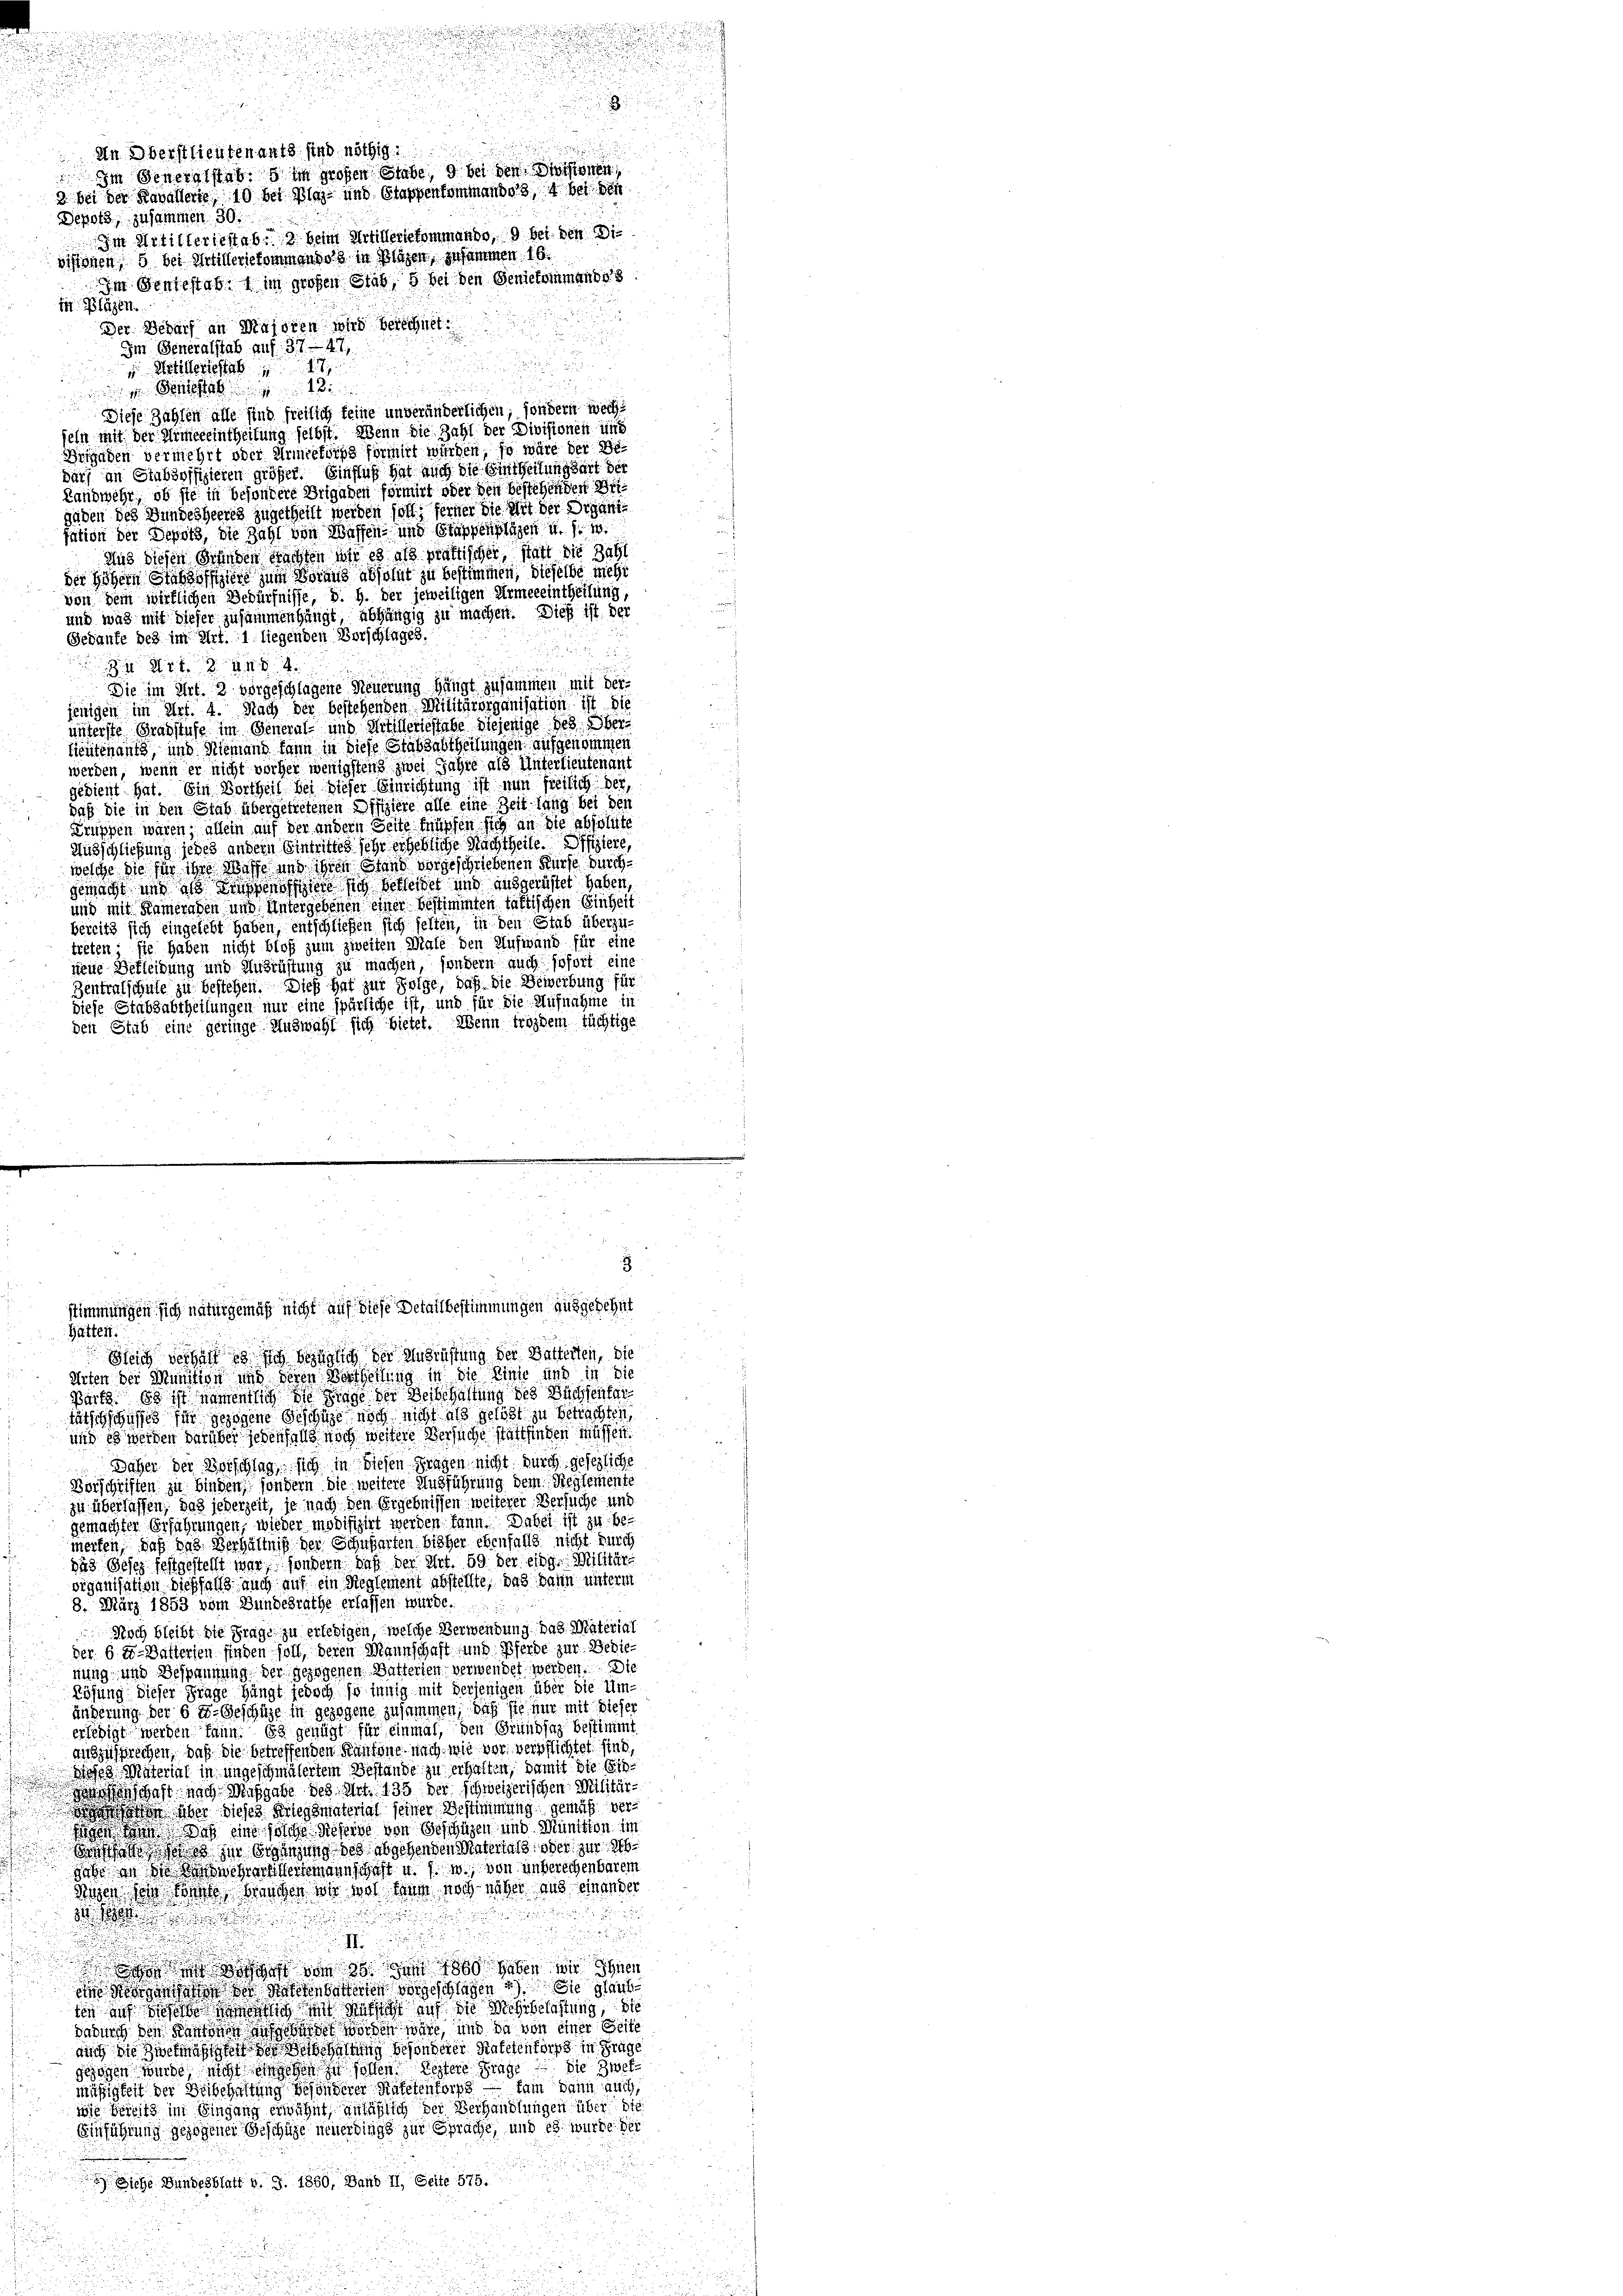
In Oberstlieutenants sind nöthig.
Depots, zusammen 30.
i Plagen.
Der Bedarf an Majoren wird berechnet:
Im Generalstab auf 37—47
Artilleriestatt

d
Diese Zahlen alle sind freilich keine unveränderlichen, sondern wech
sein mit der Armeeeintheilung selbst. Wenn die Zahl der Divisionen und
Brigaden vermehrt oder Armeekorps formirt würden, so wäre der de
darf im Stabsoffizieren größer. Einfluß hat auch die Eintheilungsart der
Landwehr, ob sie in besondere Brigaden formirt oder den bestehenden Brigäben des Bundesheeres zugetheilt werden soll; ferner die Art der Organi
tation der Depots, die Zahl von Waffen und Stapfenplagen u. s. w.
Aus diesen Stunden Nachten wir es als prattischer, statt die Zahl
der Höhern Stabsoffiziere zum Voraus absolut zu bestimmen, dieselbe mehr
von dem wirklichen Bedürfnisse, d. h. der jeweiligen Armeeeintheilung,
und was mit dieser zusammenhängt, abhängig zu machen. Dieß ist der
Gedaufe des im Art. 1. liegenden Vorschlages
u
3 Art. 34.
Sie im Art. 2 vorgeschlagene Neuerung hängt zusammen mit der
jenigen im Art. 4. Nach der bestehenden Militärorganisation ist die
unterste Gradstufe im General- und Artilleriestabe diejenige des Ober¬
Lieutenants, und Niemand dann in diese Stabsabtheilungen aufgenommen
werden, wenn er nicht vorher wenigstens zwei Jahre als Unterlieutenant
gedient hat. Ein Vortheil bei dieser Einrichtung ist nun freilich der
daß die in den Grab übergetretenen Offiziere alle eine Zeit lang bei den
Truppen wären; allein auf der andern Seite müssen sich an die absolute
Ausschließung jedes andern Eintrittes sehr erhebliche Nachtheite. Offiziere,
welche die für ihre Wasse und ihren Stand vorgeschriebenen Kurse durchgemacht und als ausgenoffiziert sich bekleidet und ausgerüstet haben,
und mit Kameraden und Untergebenen einer bestimmten taktischen Einheit
bereits sich eingelebt haben, entschließen sich selten, in den Stab überzutreten; sie haben nicht bloß zum zweiten Male den Aufwand für eine
nene Bekleidung und Ausrüstung zu machen, sondern auch sofort eine
Zentralschule zu bestehen. Dieß hat zur Folge, daß die Bewerbung für
diese Stabsabtheilungen nur eine spürliche ist, und für die Aufnahme in
den Stab eine geringe Auswahl sich bietet. Wenn troidem tüchtige

Im Genergestab. im großen Stabe, 9 bei der Schienen,
3 bei der Kavallarie, 10 bei Klag- und Stappenkommando 3, 4 bei der
In Artilleriestab. 2 beim Artilleriekommando, 9 bei den die
visionen, 5 bei Artilleriekommenholz in Klagen, zusammen 16.
m Sentestab. im großen Glat, 5 bei den Geniekommandes

5

stimmungen sich naturgemäß nicht auf diese Detailbestimmungen ausgesehnt
Hätten.
Seich verhalt es sich bringlich der Ausrüstung der Seiterten, die
Arten der Munition und deren Bertheilung in die Einse und in die
Berts. Es ist namentlich die ginge der Beischaftung des Büchsentar
täthschuss sie gezogene Geschige noch nicht als gelöst zu betrachten,
und es werden darüber jedenfalls noch weitere Versuche stattfinden müssen.
Daher der Vorschlag sich in diesen Fragen nicht durch gesezliche
Vorschriften zu binden, sondern die weitere Ausführung dem Reglemente
zu überlassen, daß jederzeit, je nach den Ergebnissen weiterer Versuche und
gemachter Erfahrungen, wieder modifizirt werden kann. Dabei ist zu bemerfen, daß das Verhältniß der Schubarten bisher ebenfalls nicht durch
das Beses festgestellt war, sondern daß der Art. 59 der einge Militärorganisation dießfalls auch auf ein Reglement abstellte, das dann unterm
8. März 1853 vom Bundesrathe erlassen würde.
Noch bleibt die Frage zu erlebigen, welche Verwendung das Material
der 6 e-Datterien finden soll, deren Mannschaft und Pferde zur Bedienung und Bespannung der gezogenen Batterien verwendet werden. Die
Lösung dieser Frage hängt jedoch so innig mit derjenigen über die Umänderung der 6 u. Geschähe in gezogene zusammen, daß sie nur mit dieser
erledigt werden kann. Es genügt für einmal, den Grundsaz bestimmt
dir zusprechen, daß die betreffenden Kantone nach wie vor verpflichtet sind,
Woses Material in ungeschmälertem Bestande zu erhalten, damit die Einanschaft nach Maßgabe des Art. 135 der schweizerischen Militär-
s über dieses Kriegsmaterial seiner Bestimmung gemäß ver
gen das Was eine solche Referne von Geschüzen und Munition im
etes zu bringung des abgehenden Materlaß oder zur
gabe in die das wehrer Hermannschaft u. s. w., von unberechenbaren
sigen den konnte bringen wir wol kam noch näher aus einander

i sich geht vom 25. Juni 1880 haben wir Ihnen
gasse der Mattenbarteten vorgeschlagen u. Sie glaubsin auf dieselbe ich mit Aufsicht auf die Mehrbelastung, die
darnach den Kantonen ausgeben worden wäre, und da von einer Seite
auch die Zwekmäßigten der erschaftung besonderer Katetenforps in Frage
gezogen wurde, nicht eingegen zu sollen. Dessere Frage die Zwet
mäßigkeit der Beibehaltung besonderer Ratelenforge – kam dann auch
wie bereits im Eingang erwähnt, anläßlich der Verhandlungen über die
Einführung gezogener Geschäft neuerdings zur Sprache, und es wurde der
d

 Siche Bundesblatt v. J. 1850, Band II, Seite 575.

d

.